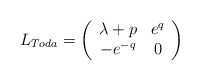
\begin{align*}L_{Toda}=\left(\begin{array}{cc}\lambda+p&e^q\\-e^{-q}&0\end{array}\right)\end{align*}